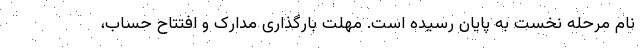
نام مرحله نخست به پایان رسیده است. مهلت بارگذاری مدارک و افتتاح حساب،